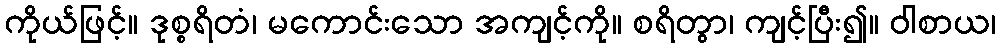
ကိုယ်ဖြင့်။ ဒုစ္စရိတံ၊ မကောင်းသော အကျင့်ကို။ စရိတွာ၊ ကျင့်ပြီး၍။ ဝါစာယ၊